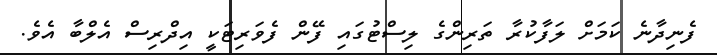
ފެނިދާނެ ކަމަށް ލަފާކުރާ ތަރިންގެ ލިސްޓުގައި ފޭން ފެވަރިޓަކީ އިދްރިސް އެލްބާ އެވެ.